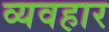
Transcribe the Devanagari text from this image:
व्यवहार